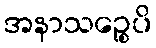
အနာသဉ္စေပိ